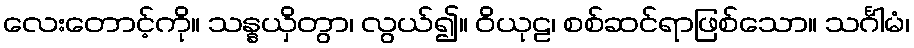
လေးတောင့်ကို။ သန္နယှိတွာ၊ လွယ်၍။ ဝိယုဠ၊ စစ်ဆင်ရာဖြစ်သော။ သင်္ဂါမံ၊